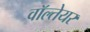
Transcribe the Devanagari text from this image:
वॉल्तेयर